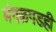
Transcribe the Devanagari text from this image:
मंगळगडही